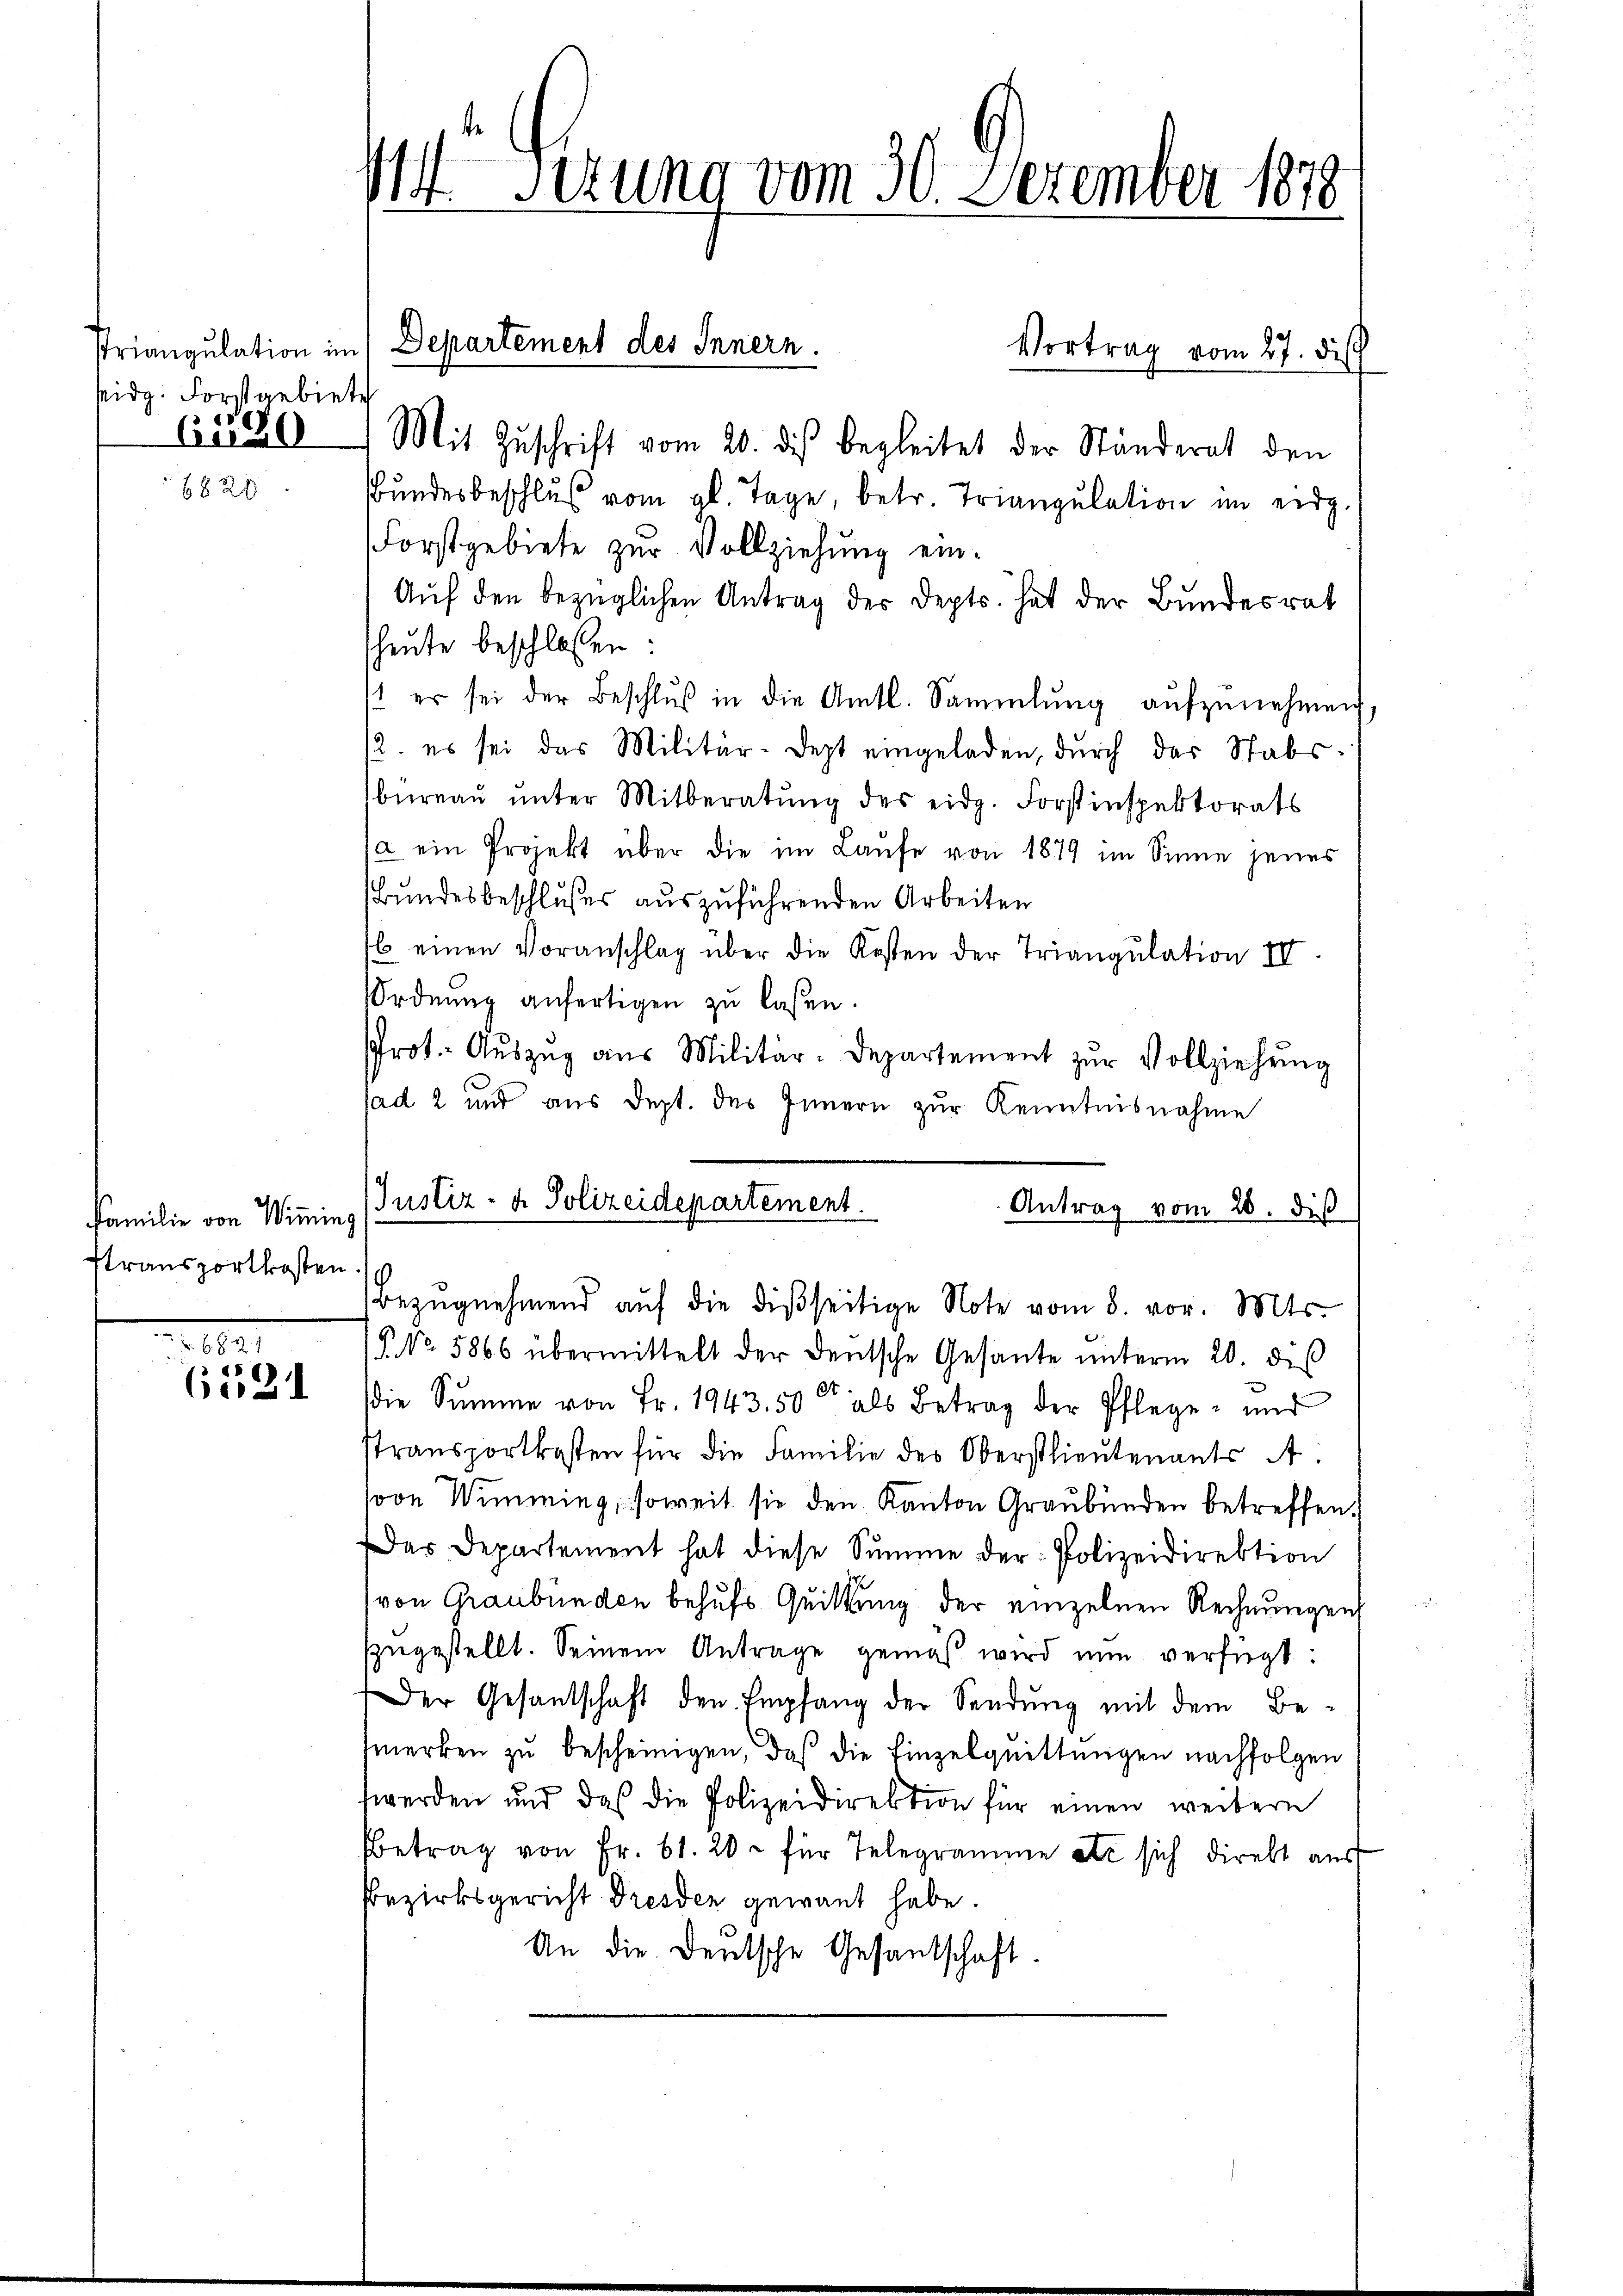
Midg. Forstgebiete
61290

820

Familie von Wimming
stransportkosten

e
6521

M Sezung vom 30. Dezember 1878

Vortrag vom 27. dis
Mit Zuschrift vom 20. dies begleitet der Ständerat den
Bŭndesbeschlŭβ vom gl. Tage, betr. Triangulation im eidg.
Forstgebiete zur Vollziehung ein¬
Aŭf den bezüglichen Antrag der Depts. hat der Bundesrat
heute beschlossen:
11 er sei der Beschlŭβ in die Amtl. Sammlung aŭfzŭnehmen
12. es sei das Militär-Dept eingeladen, durch das Stabsbureau unter Mitberatung des eidg. Forstinspektorats
a ein Projekt über die im Laŭfe von 1879 im Sinne jenes
Bundesbeschlußes auszuführenden Arbeiten
b einen Voranschlag über die Kosten der Triangulation IV
Ordnŭng anfertigen zu laßen.
Prot. Aŭszŭg aŭs Militär-Departement zŭr Vollziehŭng
sad 2 und aus dept. des Innern zur Kenntnisnahme
Justiz- & Polizeidepartement.
Antrag vom 28. diß
Bezŭgnehmend aŭf die disseitige Note vom 8. vor. Mts.
§ No. 5866 übermittelt der deutsche Gesante ŭnterm 20. des
die Summe von Fr. 1943.50 als Betrag der Pflege und
stransportkosten für die Familie des Oberstlieutenants A
soon Wimming, soweit sie den Kanton Graubünden betreffen.
Das Departement hat diese Summe der Polizeidirektion
von Graubünden behufs Quittung der einzelnen Rechnungen
szugestellt. Seinem Antrage gemäß wird nun verfügt:
Der Gesandschaft den Empfang der Sendung mit dem Be-
fmerken zŭ bescheinigen, daß die Einzelquittungen nachfolgen
werden und das die Polizeidirektion für einen weitern
Betrag von Fr. 61. 20. für Telegramme etc sich direkt aŭs
Bezirksgericht Dresden gewant habe.
An die Deutsche Gesantschaft.

Triangulation im Departement des Innern.